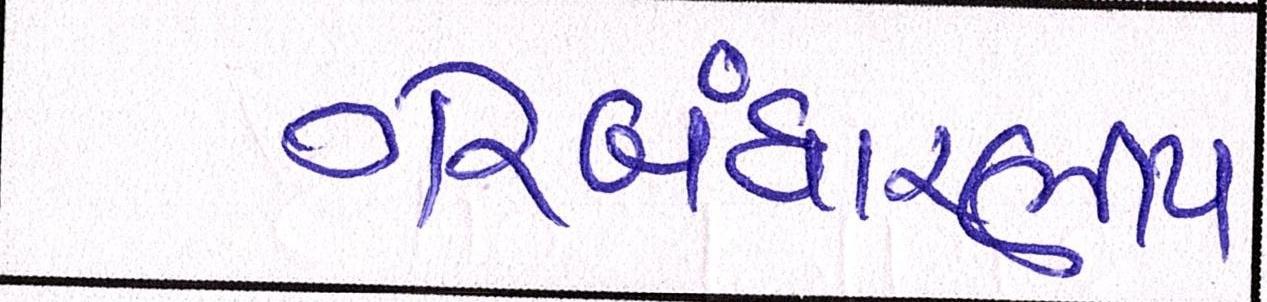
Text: ગેરબંધારણીય